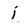
Character: j